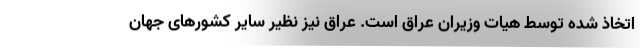
اتخاذ شده توسط هیات وزیران عراق است. عراق نیز نظیر سایر کشورهای جهان